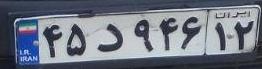
۴۵د۹۴۶۱۲